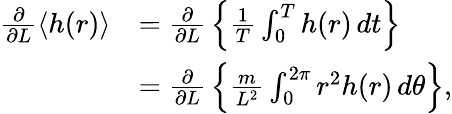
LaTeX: {\begin{array}{rl}{{\frac{\partial}{\partial L}}\langle h(r)\rangle}&{={\frac{\partial}{\partial L}}\left\{ {\frac{1}{T}}\int_{0}^{T}h(r)\, dt\right\} }\\ &{={\frac{\partial}{\partial L}}\left\{ {\frac{m}{L^{2}}}\int_{0}^{2\pi}r^{2}h(r)\, d\theta\right\} ,}\end{array}}